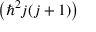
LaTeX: \left( \hbar ^ { 2 } j ( j + 1 ) \right)